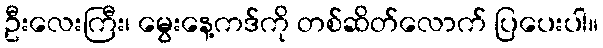
ဦးလေးကြီး၊ မွေးနေ့ကဒ်ကို တစ်ဆိတ်လောက် ပြပေးပါ။